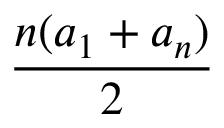
\frac { n ( a _ { 1 } + a _ { n } ) } { 2 }